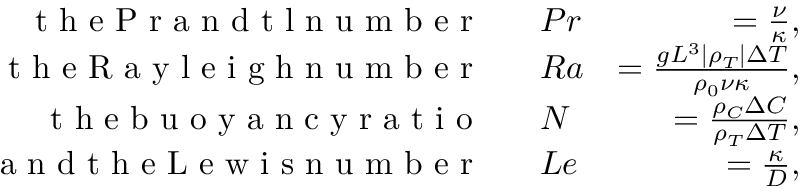
\begin{array} { r l r } { \textrm { t h e P r a n d t l n u m b e r ~ } } & { { } P r } & { = \frac { \nu } { \kappa } , } \\ { \textrm { t h e R a y l e i g h n u m b e r ~ } } & { { } R a } & { = \frac { g L ^ { 3 } | \rho _ { T } | \Delta T } { \rho _ { 0 } \nu \kappa } , } \\ { \textrm { t h e b u o y a n c y r a t i o ~ } } & { { } N } & { = \frac { \rho _ { C } \Delta C } { \rho _ { T } \Delta T } , } \\ { \textrm { a n d t h e L e w i s n u m b e r ~ } } & { { } L e } & { = \frac { \kappa } { D } , } \end{array}